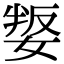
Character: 𡞟